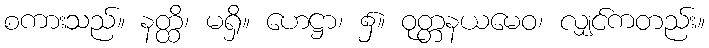
စကားသည်။ နတ္ထိ၊ မရှိ။ ဟေဋ္ဌာ၊ ၌။ ဝုတ္တနယမေဝ၊ လျှင်ကတည်း။